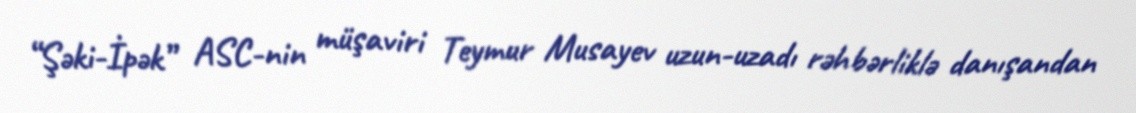
“Şəki-İpək” ASC-nin müşaviri Teymur Musayev uzun-uzadı rəhbərliklə danışandan